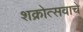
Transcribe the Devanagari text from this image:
शक्रोत्सवाचे